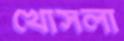
খোসলা